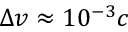
\Delta v \approx 1 0 ^ { - 3 } c